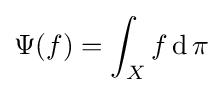
\Psi (f)=\int _{X}f\operatorname {d} \pi